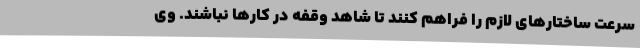
سرعت ساختارهای لازم را فراهم کنند تا شاهد وقفه در کارها نباشند. وی